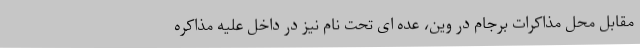
مقابل محل مذاکرات برجام در وین، عده ای تحت نام نیز در داخل علیه مذاکره